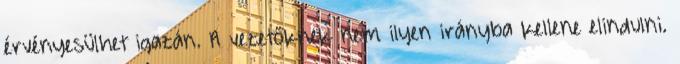
érvényesülhet igazán. A vezetőknek nem ilyen irányba kellene elindulni.